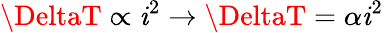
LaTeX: \DeltaT\propto\mathit{i}^{2}\to\DeltaT=\alpha\mathit{i}^{2}